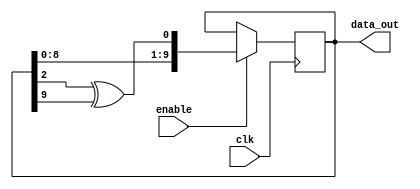
module LFSR_10 (data_out,clk,enable);

  output [9:0] data_out;
  input clk,enable;
  reg [9:0] sreg;
  initial sreg=10'b1;
  always @(posedge clk)
         if(enable==1)
			sreg <= {sreg[8:0], sreg[2]^sreg[9]};
	assign data_out= sreg;
endmodule